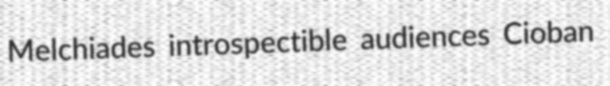
Melchiades introspectible audiences Cioban